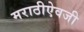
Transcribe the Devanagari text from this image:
मराठीऐवजी